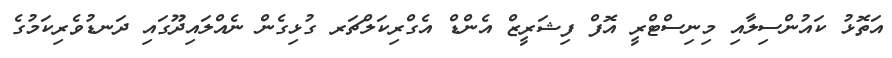
އަތޮޅު ކައުންސިލާއި މިނިސްޓްރީ އޮފް ފިޝަރީޒް އެންޑް އެގްރިކަލްޗަރ ގުޅިގެން ނެއްލައިދޫގައި ދަނޑުވެރިކަމުގެ